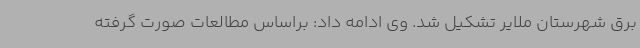
برق شهرستان ملایر تشکیل شد. وی ادامه داد: براساس مطالعات صورت گرفته